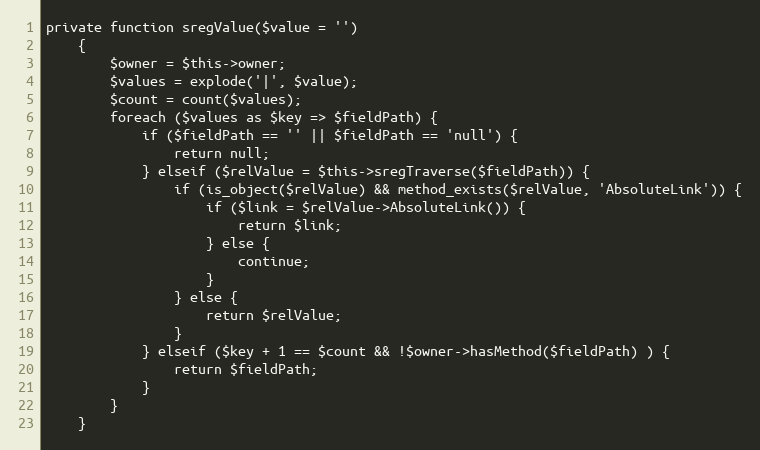
Language: PHP
private function sregValue($value = '')
    {
        $owner = $this->owner;
        $values = explode('|', $value);
        $count = count($values);
        foreach ($values as $key => $fieldPath) {
            if ($fieldPath == '' || $fieldPath == 'null') {
                return null;
            } elseif ($relValue = $this->sregTraverse($fieldPath)) {
                if (is_object($relValue) && method_exists($relValue, 'AbsoluteLink')) {
                    if ($link = $relValue->AbsoluteLink()) {
                        return $link;
                    } else {
                        continue;
                    }
                } else {
                    return $relValue;
                }
            } elseif ($key + 1 == $count && !$owner->hasMethod($fieldPath) ) {
                return $fieldPath;
            }
        }
    }